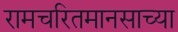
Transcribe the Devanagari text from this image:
रामचरितमानसाच्या